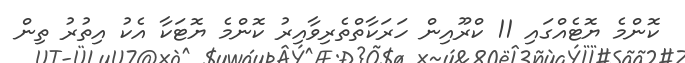
ކޮންމެ ޔޮޓެއްގައި 11 ކްރޫއިން ހަރަކާތްތެރިވާއިރު ކޮންމެ ޔޮޓަކާ އެކު އިތުރު ތިން